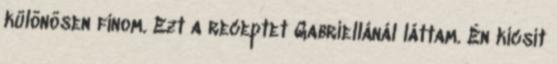
különösen finom. Ezt a receptet Gabriellánál láttam. Én kicsit